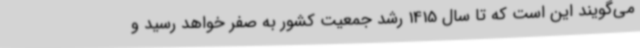
می‌گویند این است که تا سال 1415 رشد جمعیت کشور به صفر خواهد رسید و